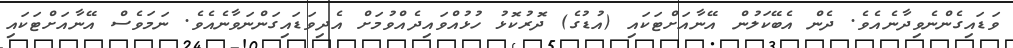
ވަޑައިގެންނެވިދާނެއެވެ. ދެން އެބޭކަލުން އޭނާއަށްޓަކައި (އުޑުގެ) ދޮރުކޮޅު ހުޅުއްވައިދެއްވުމަށް އެދިވަޑައިގަންނަވާނެއެވެ. ނަމަވެސް އޭނާއަށްޓަކައި